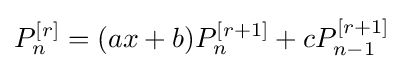
P_{n}^{[r]}=(ax+b)P_{n}^{[r+1]}+cP_{n-1}^{[r+1]}